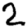
Digit: 2